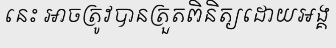
នេះ អាចត្រូវបានត្រួតពិនិត្យដោយអង្គ